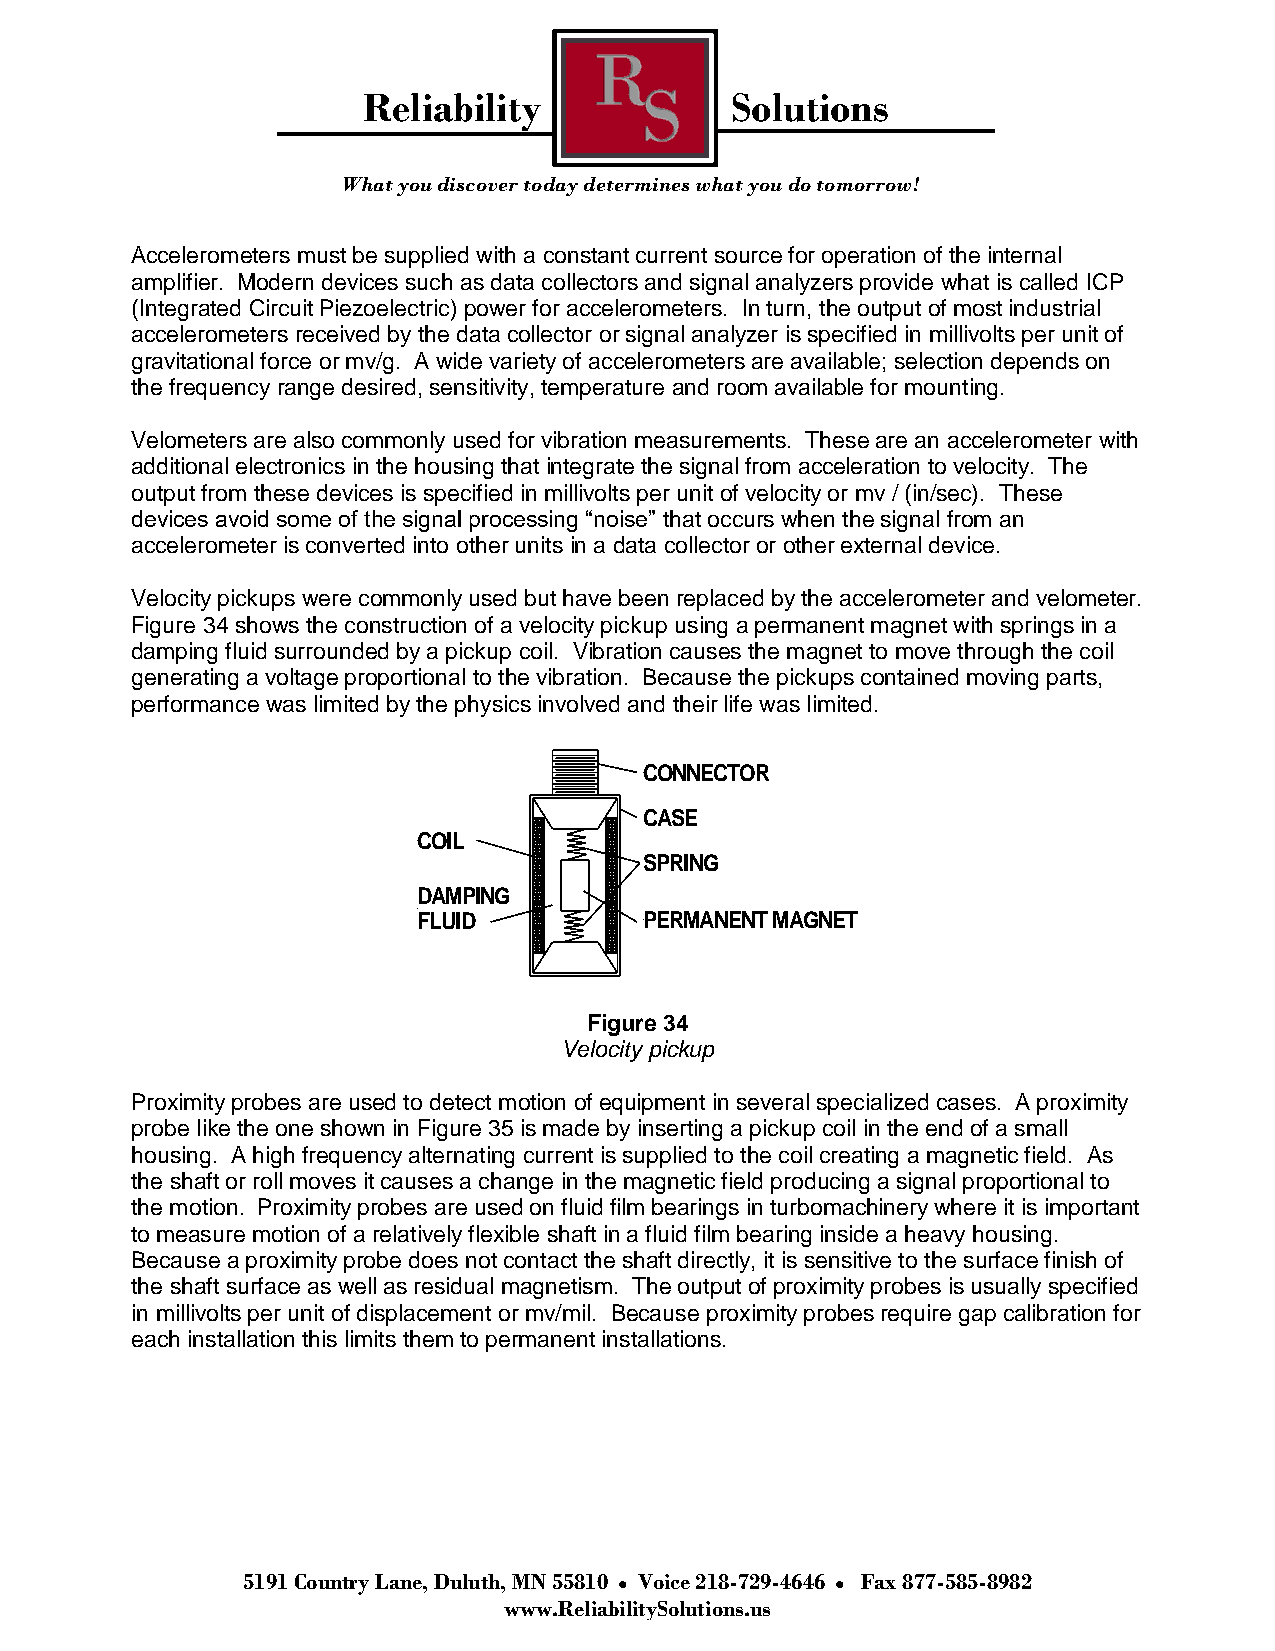
Reliability             Solutions
 What you discover today determines what you do tomorrow!
 Accelerometers must be supplied with a constant current source for operation of the internal
 amplifier. Modern devices such as data collectors and signal analyzers provide what is called ICP
 (Integrated Circuit Piezoelectric) power for accelerometers. In turn, the output of most industrial
 accelerometers received by the data collector or signal analyzer is specified in millivolts per unit of
 gravitational force or mv/g. A wide variety of accelerometers are available; selection depends on
 the frequency range desired, sensitivity, temperature and room available for mounting.
 Velometers are also commonly used for vibration measurements. These are an accelerometer with
 additional electronics in the housing that integrate the signal from acceleration to velocity. The
 output from these devices is specified in millivolts per unit of velocity or mv / (in/sec). These
 devices avoid some of the signal processing “noise” that occurs when the signal from an
 accelerometer is converted into other units in a data collector or other external device.
 Velocity pickups were commonly used but have been replaced by the accelerometer and velometer.
 Figure 34 shows the construction of a velocity pickup using a permanent magnet with springs in a
 damping fluid surrounded by a pickup coil. Vibration causes the magnet to move through the coil
 generating a voltage proportional to the vibration. Because the pickups contained moving parts,
 performance was limited by the physics involved and their life was limited.
 CONNECTOR
 CASE
 COIL
 SPRING
 DAMPING
 FLUID          PERMANENT MAGNET
 Figure 34
 Velocity pickup
 Proximity probes are used to detect motion of equipment in several specialized cases. A proximity
 probe like the one shown in Figure 35 is made by inserting a pickup coil in the end of a small
 housing. A high frequency alternating current is supplied to the coil creating a magnetic field. As
 the shaft or roll moves it causes a change in the magnetic field producing a signal proportional to
 the motion. Proximity probes are used on fluid film bearings in turbomachinery where it is important
 to measure motion of a relatively flexible shaft in a fluid film bearing inside a heavy housing.
 Because a proximity probe does not contact the shaft directly, it is sensitive to the surface finish of
 the shaft surface as well as residual magnetism. The output of proximity probes is usually specified
 in millivolts per unit of displacement or mv/mil. Because proximity probes require gap calibration for
 each installation this limits them to permanent installations.
 5191 Country Lane, Duluth, MN 55810 Voice 218-729-4646 Fax 877-585-8982
 www.ReliabilitySolutions.us